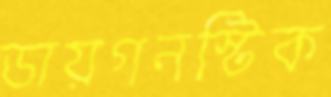
ডায়গনস্টিক